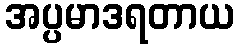
အပ္ပမာဒရတာယ